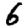
Digit: 6